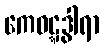
ကေဝဋ္ဋဒွါရာ